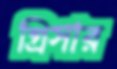
গ্রিসার